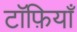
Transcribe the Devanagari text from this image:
टॉफ़ियाँ